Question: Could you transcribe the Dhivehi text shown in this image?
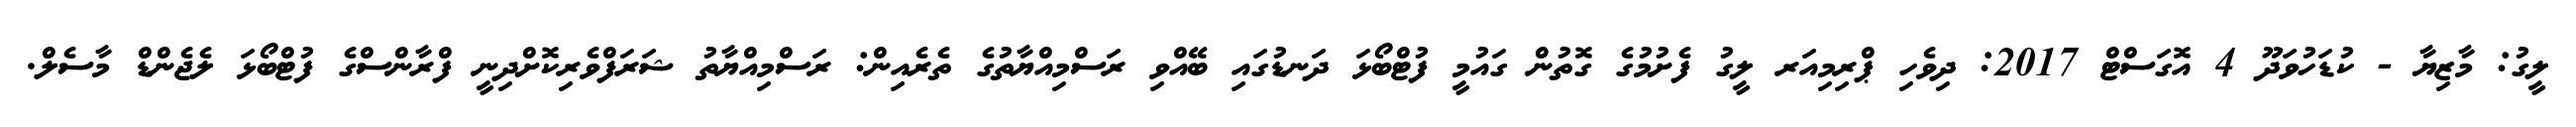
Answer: ލީގު: މާޒިޔާ - ކުޑަހުވަދޫ 4 އޮގަސްޓް 2017: ދިވެހި ޕްރިމިއަރ ލީގު ފެށުމުގެ ގޮތުން ގައުމީ ފުޓްބޯޅަ ދަނޑުގައި ބޭއްވި ރަސްމިއްޔާތުގެ ތެރެއިން: ރަސްމިއްޔާތު ޝަރަފްވެރިކޮށްދިނީ ފްރާންސްގެ ފުޓްބޯޅަ ލެޖެންޑް މާސެލް.